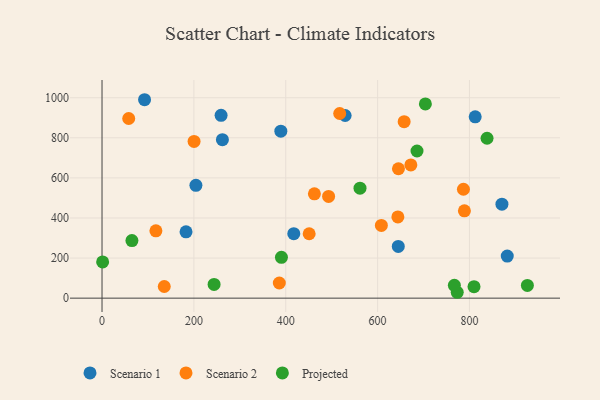
{"axis": {"x": "Experience", "y": "Rating"}, "legend": ["Projected", "Scenario 1", "Scenario 2"], "data": [{"x": "645.0", "y": 258.2, "type": "Scenario 1"}, {"x": "182.9", "y": 331.0, "type": "Scenario 1"}, {"x": "204.4", "y": 563.1, "type": "Scenario 1"}, {"x": "882.3", "y": 209.9, "type": "Scenario 1"}, {"x": "812.5", "y": 904.9, "type": "Scenario 1"}, {"x": "417.5", "y": 321.9, "type": "Scenario 1"}, {"x": "529.3", "y": 911.3, "type": "Scenario 1"}, {"x": "92.6", "y": 990.0, "type": "Scenario 1"}, {"x": "259.2", "y": 912.4, "type": "Scenario 1"}, {"x": "870.7", "y": 469.0, "type": "Scenario 1"}, {"x": "262.1", "y": 790.8, "type": "Scenario 1"}, {"x": "389.3", "y": 833.3, "type": "Scenario 1"}, {"x": "462.4", "y": 520.7, "type": "Scenario 2"}, {"x": "493.3", "y": 507.5, "type": "Scenario 2"}, {"x": "672.4", "y": 664.9, "type": "Scenario 2"}, {"x": "117.3", "y": 336.1, "type": "Scenario 2"}, {"x": "645.4", "y": 645.6, "type": "Scenario 2"}, {"x": "517.5", "y": 921.3, "type": "Scenario 2"}, {"x": "451.0", "y": 321.3, "type": "Scenario 2"}, {"x": "386.0", "y": 75.5, "type": "Scenario 2"}, {"x": "135.5", "y": 58.1, "type": "Scenario 2"}, {"x": "644.1", "y": 405.1, "type": "Scenario 2"}, {"x": "200.4", "y": 781.9, "type": "Scenario 2"}, {"x": "786.9", "y": 543.4, "type": "Scenario 2"}, {"x": "58.1", "y": 896.4, "type": "Scenario 2"}, {"x": "657.8", "y": 880.7, "type": "Scenario 2"}, {"x": "608.2", "y": 362.8, "type": "Scenario 2"}, {"x": "789.0", "y": 435.7, "type": "Scenario 2"}, {"x": "561.7", "y": 548.5, "type": "Projected"}, {"x": "926.1", "y": 63.6, "type": "Projected"}, {"x": "685.8", "y": 734.1, "type": "Projected"}, {"x": "244.0", "y": 68.3, "type": "Projected"}, {"x": "773.4", "y": 29.3, "type": "Projected"}, {"x": "809.9", "y": 57.0, "type": "Projected"}, {"x": "838.3", "y": 797.9, "type": "Projected"}, {"x": "65.1", "y": 287.3, "type": "Projected"}, {"x": "390.6", "y": 203.6, "type": "Projected"}, {"x": "1.3", "y": 180.9, "type": "Projected"}, {"x": "704.0", "y": 968.8, "type": "Projected"}, {"x": "767.1", "y": 64.1, "type": "Projected"}]}